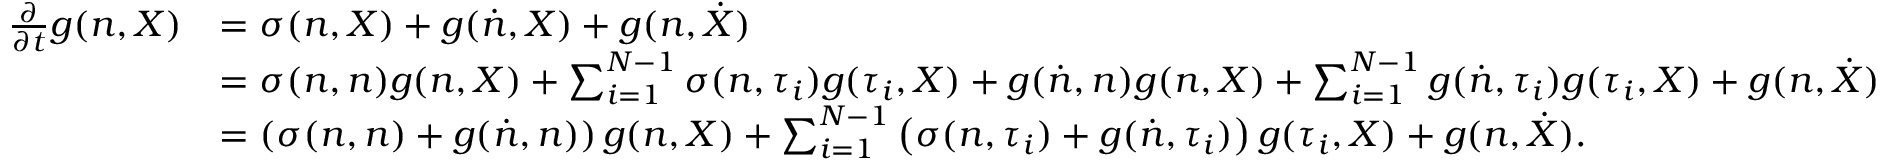
\begin{array} { r l } { \frac { \partial } { \partial t } g ( n , X ) } & { = \sigma ( n , X ) + g ( \dot { n } , X ) + g ( n , \dot { X } ) } \\ & { = \sigma ( n , n ) g ( n , X ) + \sum _ { i = 1 } ^ { N - 1 } \sigma ( n , \tau _ { i } ) g ( \tau _ { i } , X ) + g ( \dot { n } , n ) g ( n , X ) + \sum _ { i = 1 } ^ { N - 1 } g ( \dot { n } , \tau _ { i } ) g ( \tau _ { i } , X ) + g ( n , \dot { X } ) } \\ & { = \left( \sigma ( n , n ) + g ( \dot { n } , n ) \right) g ( n , X ) + \sum _ { i = 1 } ^ { N - 1 } \left( \sigma ( n , \tau _ { i } ) + g ( \dot { n } , \tau _ { i } ) \right) g ( \tau _ { i } , X ) + g ( n , \dot { X } ) . } \end{array}